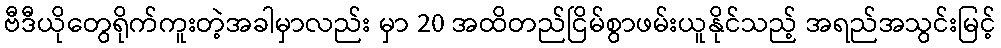
ဗီဒီယိုတွေရိုက်ကူးတဲ့အခါမှာလည်း မှာ 20 အထိတည်ငြိမ်စွာဖမ်းယူနိုင်သည့် အရည်အသွင်းမြင့်